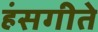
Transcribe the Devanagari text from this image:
हंसगीते